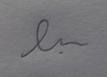
Signature authenticity: forged